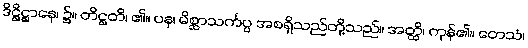
ဒိဋ္ဌိဋ္ဌာနေ၊ ၌။ တိဋ္ဌတိ၊ ၏။ ပန၊ မိစ္ဆာသင်္ကပ္ပ အစရှိသည်တို့သည်။ အတ္ထိ၊ ကုန်၏။ တေသံ၊